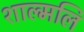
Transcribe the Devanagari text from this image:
शाल्मलि